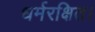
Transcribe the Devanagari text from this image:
धर्मरक्षित।